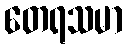
တေရသမာ